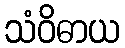
သံဝိဓာယ